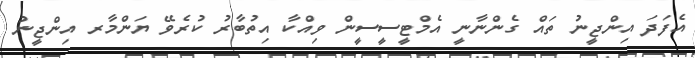
އެފަދަ އިންޖީނު ތައް ގެންނާނީ އެމްޓީސީސީން ވިއްކާ އިތުބާރު ކުރެވޭ ޔަންމާރ އިންޖީނު